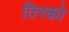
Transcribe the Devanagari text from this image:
तिरको